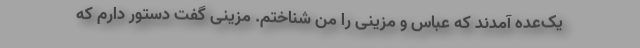
یک‌عده آمدند که عباس و مزینی را من شناختم. مزینی گفت دستور دارم که